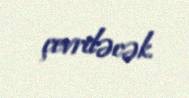
çevriləcək.